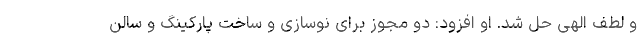
و لطف الهی حل شد. او افزود: دو مجوز برای نوسازی و ساخت پارکینگ و سالن